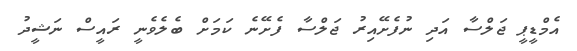
އެމްޑީޕީ ޖަލްސާ އަދި ނުފެށޭއިރު ޖަލްސާ ފެށޭނެ ކަމަށް ބެލެވެނީ ރައީސް ނަޝީދު